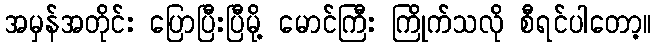
အမှန်အတိုင်း ပြောပြီးပြီမို့ မောင်ကြီး ကြိုက်သလို စီရင်ပါတော့။